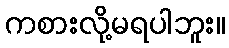
ကစားလို့မရပါဘူး။